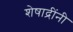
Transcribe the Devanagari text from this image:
शेषाद्रींनी